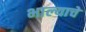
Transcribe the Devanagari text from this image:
भाल्याचे